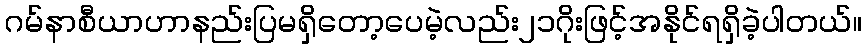
ဂမ်နာစီယာဟာနည်းပြမရှိတော့ပေမဲ့လည်း၂၁ဂိုးဖြင့်အနိုင်ရရှိခဲ့ပါတယ်။